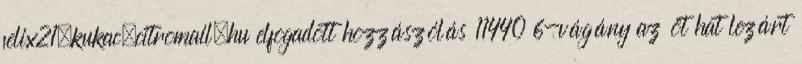
felix21.kukac.citromail.hu elfogadott hozzászólás 11440 6-vágány az öt hat lezárt